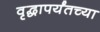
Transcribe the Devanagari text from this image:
वृद्धापर्यंतच्या